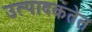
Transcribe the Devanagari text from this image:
उत्पादकतेत